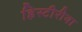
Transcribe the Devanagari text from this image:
हिस्टीरीया